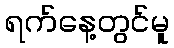
ရက်နေ့တွင်မူ